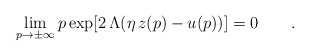
\begin{align*}\lim_{p\to\pm\infty}p\exp[2\,\Lambda ( \eta \,z(p)-u(p))]=0\qquad.\end{align*}